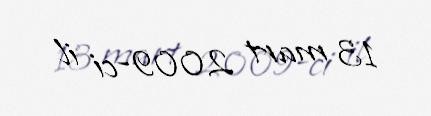
13 mart 2009-ci il